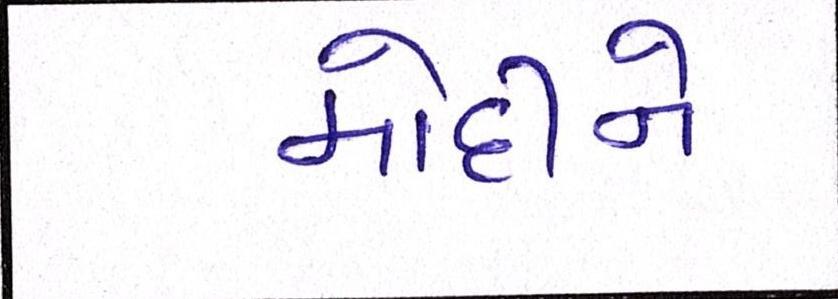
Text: મોદીને